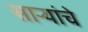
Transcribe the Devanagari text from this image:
साऱ्यांचे